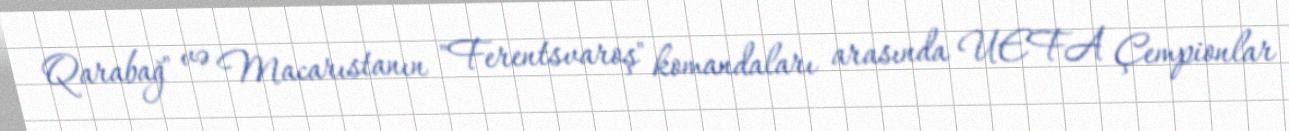
Qarabağ" və Macarıstanın "Ferentsvaroş" komandaları arasında UEFA Çempionlar